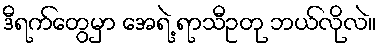
ဒီရက်တွေမှာ အေရဲ့ ရာသီဥတု ဘယ်လိုလဲ။